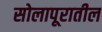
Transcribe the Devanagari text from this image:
सोलापूरातील